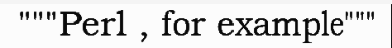
"""Perl , for example"""